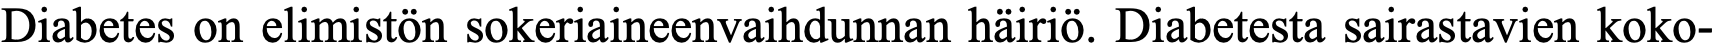
Diabetes on elimistön sokeriaineenvaihdunnan häiriö. Diabetesta sairastavien koko-